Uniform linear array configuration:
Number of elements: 24
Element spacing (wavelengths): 0.5
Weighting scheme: kaiser
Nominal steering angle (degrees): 15
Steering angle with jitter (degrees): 15.76
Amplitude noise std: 0.05
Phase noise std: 0.05

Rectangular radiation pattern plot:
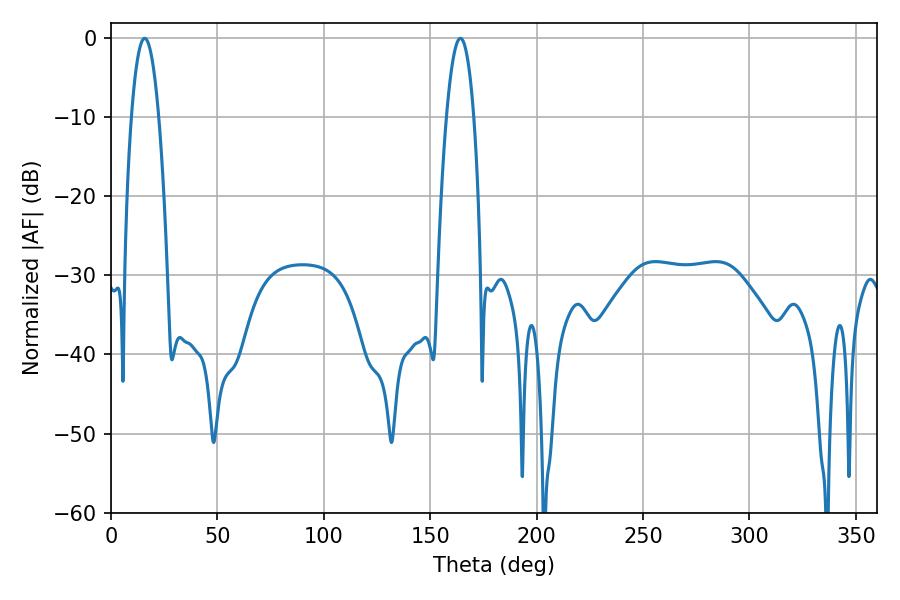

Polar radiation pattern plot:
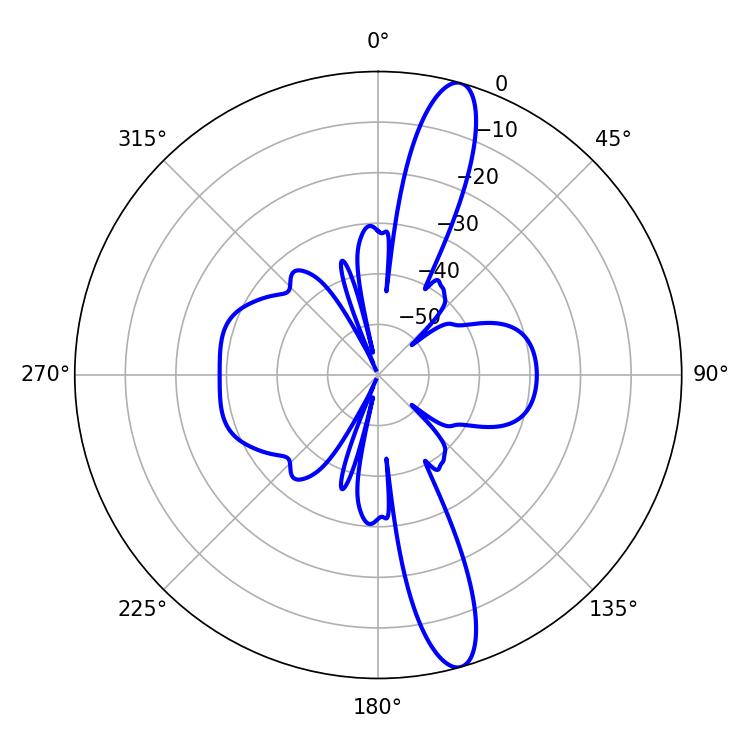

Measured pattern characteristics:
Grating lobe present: FALSE
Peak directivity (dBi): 14.42
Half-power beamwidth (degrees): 7.2
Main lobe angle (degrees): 15.84